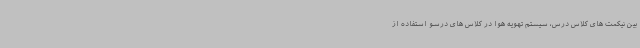
بین نیکمت های کلاس درس، سیستم تهویه هوا در کلاس های درسو استفاده از